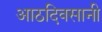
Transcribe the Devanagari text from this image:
आठदिवसानी